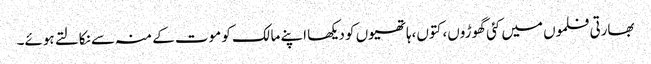
بھارتی فلموں میں کئی گھوڑوں، کتوں،ہاتھیوں کو دیکھا اپنے مالک کو موت کے منہ سے نکالتے ہوئے۔